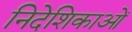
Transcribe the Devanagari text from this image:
निदेशिकाओं